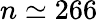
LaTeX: n\simeq 266